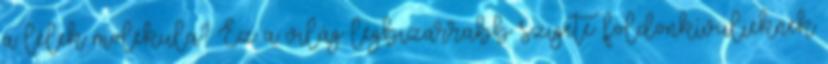
a lélek molekula? Ez a világ legbizarrabb szigete: földönkívülieknek